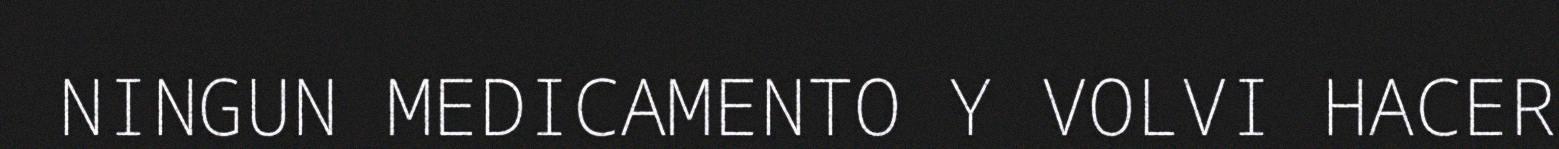
NINGUN MEDICAMENTO Y VOLVI HACER